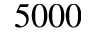
5 0 0 0